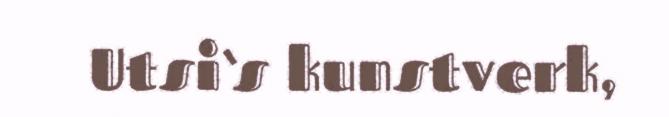
Utsi‘s kunstverk,